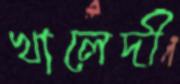
খালেদী